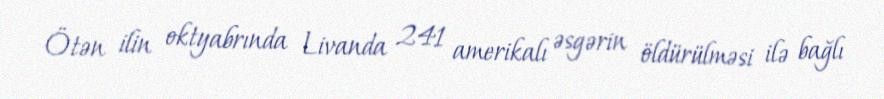
Ötən ilin oktyabrında Livanda 241 amerikalı əsgərin öldürülməsi ilə bağlı